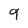
Character: 9